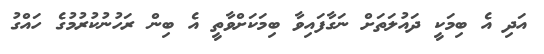
އަދި އެ ބިމަކީ ދައުލަތަށް ނަގާފައިވާ ބިމަކަށްވާތީ އެ ބިން ރަހުނުކުރުމުގެ ހައްގު